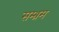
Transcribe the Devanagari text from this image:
सम्भ्रम